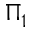
\Pi _ { 1 }